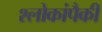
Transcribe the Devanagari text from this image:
श्लोकांपैकी